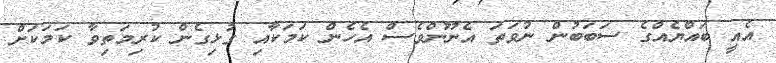
އެއީ ބައްޔެއްގެ ސަބަބުން ނުވަތަ އެނޫންވެސް އެހެން ކަމަކާއި ގުޅިގެން ކުރިމަތިވާ ކަމަކަށް